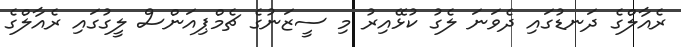
ރެއާލްގެ ދަނޑުގައި ދެވަނަ ލެގު ކުޅޭއިރު މި ސީޒަނުގެ ޗެމްޕިއަންސް ލީގުގައި ރެއާލްގެ